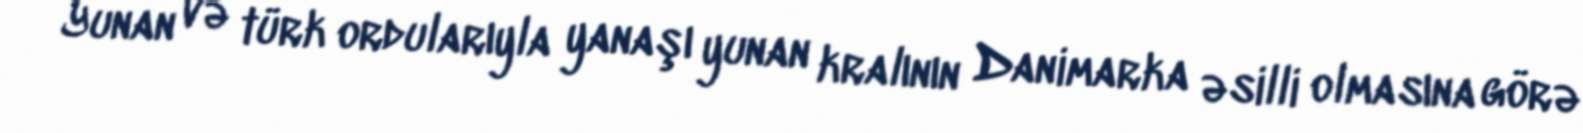
Yunan və türk ordularıyla yanaşı yunan kralının Danimarka əsilli olmasına görə